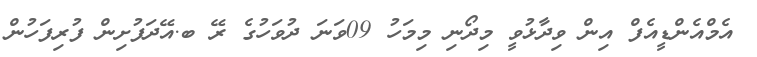
އެމްއެންޑީއެފް އިން ވިދާޅުވީ މިދޯނި މިމަހު 09ވަނަ ދުވަހުގެ ރޭ ބ.އޭދަފުށިން ފުރިފަހުން